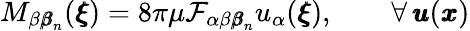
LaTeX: M_{\beta{\pmb\beta}_{n}}({\pmb\xi})=8\pi\mu\mathcal{F}_{\alpha\beta{\pmb\beta}_{n}}u_{\alpha}({\pmb\xi}),\qquad{\forall\, {\pmb u}({\pmb x})}